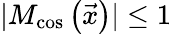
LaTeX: |M_{\mathrm{cos}}\left(\vec{x}\right)|\leq 1